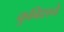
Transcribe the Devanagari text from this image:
कुबिशचे